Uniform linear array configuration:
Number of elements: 4
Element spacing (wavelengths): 1
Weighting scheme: exponential
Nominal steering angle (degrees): -15
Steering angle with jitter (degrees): -14.341
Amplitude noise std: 0.05
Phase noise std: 0.05

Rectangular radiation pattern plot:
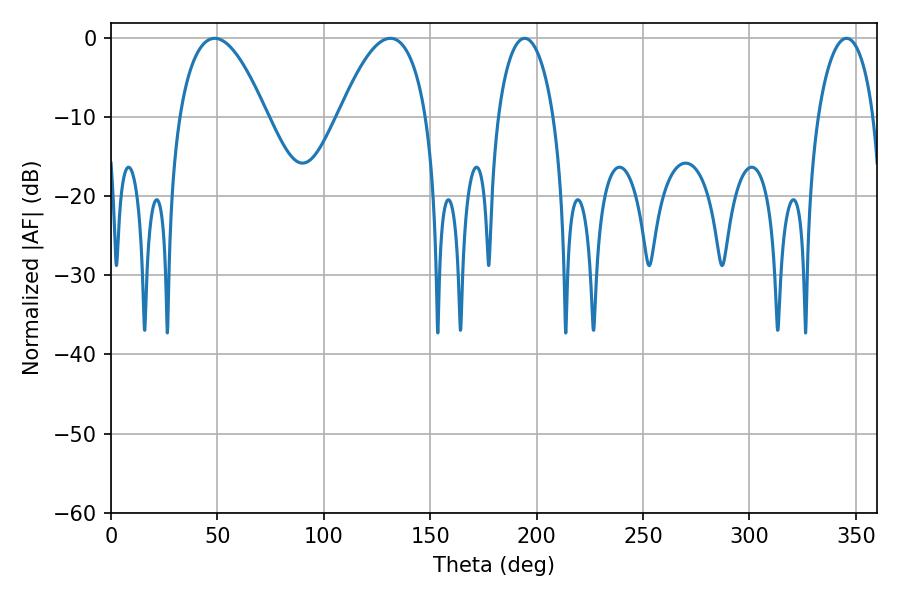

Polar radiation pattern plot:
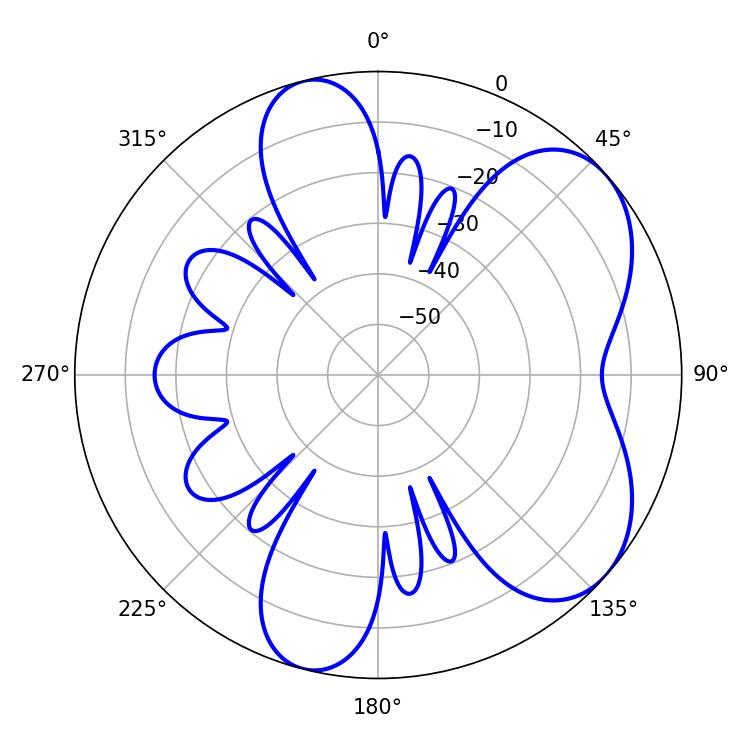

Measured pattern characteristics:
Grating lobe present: TRUE
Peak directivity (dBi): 5.944
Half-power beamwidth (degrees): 14.94
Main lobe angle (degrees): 194.4